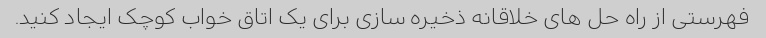
فهرستی از راه حل های خلاقانه ذخیره سازی برای یک اتاق خواب کوچک ایجاد کنید.